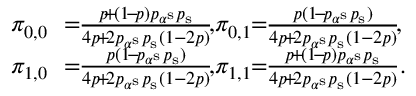
\begin{array} { r l } { \pi _ { 0 , 0 } } & { \! \! = \! \! \frac { p \! + \! ( 1 \! - \! p ) p _ { \alpha ^ { \mathrm { s } } } p _ { \mathrm { s } } } { 4 p \! + \! 2 p _ { \alpha ^ { \mathrm { s } } } p _ { \mathrm { s } } ( 1 - 2 p ) } \! , \! \pi _ { 0 , 1 } \! \! = \! \! \frac { p ( 1 \! - \! p _ { \alpha ^ { \mathrm { s } } } p _ { \mathrm { s } } ) } { 4 p \! + \! 2 p _ { \alpha ^ { \mathrm { s } } } p _ { \mathrm { s } } ( 1 - 2 p ) } \! , \! } \\ { \pi _ { 1 , 0 } } & { \! \! = \! \! \frac { p ( 1 \! - \! p _ { \alpha ^ { \mathrm { s } } } p _ { \mathrm { s } } ) } { 4 p \! + \! 2 p _ { \alpha ^ { \mathrm { s } } } p _ { \mathrm { s } } ( 1 - 2 p ) } \! , \! \pi _ { 1 , 1 } \! \! = \! \! \frac { p \! + \! ( 1 \! - \! p ) p _ { \alpha ^ { \mathrm { s } } } p _ { \mathrm { s } } } { 4 p \! + \! 2 p _ { \alpha ^ { \mathrm { s } } } p _ { \mathrm { s } } ( 1 - 2 p ) } . } \end{array}